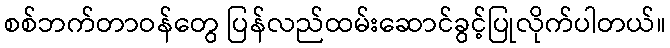
စစ်ဘက်တာဝန်တွေ ပြန်လည်ထမ်းဆောင်ခွင့်ပြုလိုက်ပါတယ်။